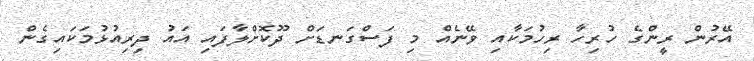
އޭރުން ރީންގެ ހުރިހާ ރިހުމަކާއި ވޭނެއް މި ފަސްގަނޑަށް ދޫކޮށްލާފައި އައު ދިރިއުޅުމަކައިގެން